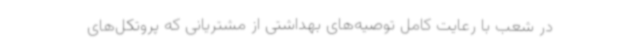
در شعب با رعایت کامل توصیه‌های بهداشتی از مشتریانی که پروتکل‌های